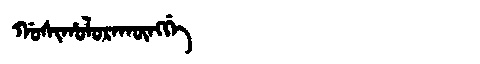
Manchu: ᡤᠣᠰᡳᡥᠣᠯᠣᡵᠠᡴᡡᠩᡤᡝ
Romanization: GOSIHOLORAKŪNGGE